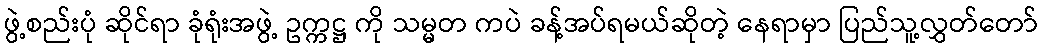
ဖွဲ့စည်းပုံ ဆိုင်ရာ ခုံရုံးအဖွဲ့ ဥက္ကဋ္ဌ ကို သမ္မတ ကပဲ ခန့်အပ်ရမယ်ဆိုတဲ့ နေရာမှာ ပြည်သူ့လွှတ်တော်